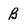
Character: B